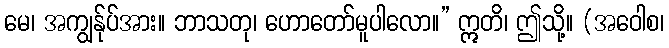
မေ၊ အကျွန်ုပ်အား။ ဘာသတု၊ ဟောတော်မူပါလော။” ဣတိ၊ ဤသို့။ (အဝေါစ၊